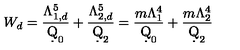
W _ { d } = \frac { \Lambda _ { 1 , d } ^ { 5 } } { \d Q _ { 0 } } + \frac { \Lambda _ { 2 , d } ^ { 5 } } { \d Q _ { 2 } } = \frac { m \Lambda _ { 1 } ^ { 4 } } { \d Q _ { 0 } } + \frac { m \Lambda _ { 2 } ^ { 4 } } { \d Q _ { 2 } }